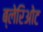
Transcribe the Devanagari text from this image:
ब्लेरिओट